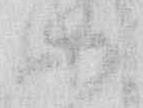
ハ